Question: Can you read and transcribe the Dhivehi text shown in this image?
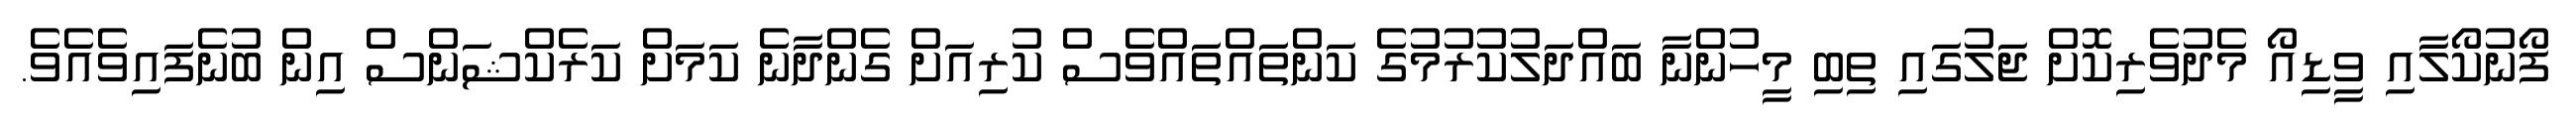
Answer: ފޯނުކޯލާއި ވީޑިއޯ މެދުވެރިކޮށް ޖަލުގައި ތިބި މީހުންނާ ބައްދަލުކުރުމުގެ ކަންތައްތައްވެސް ކުރިއަށް ގެންދާނެ ކަމަށް ކަރެކްޝަންސް އިން ބުނެފައިވެއެވެ.